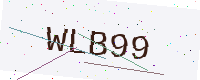
Text: WLB99